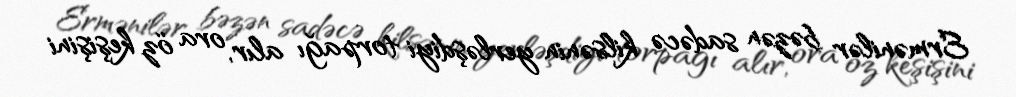
Ermənilər bəzən sadəcə kilsənin yerləşdiyi torpağı alır, ora öz keşişini